Lunatic asylums Punjab 1868-1880 - 1868-1880
Year: 1868
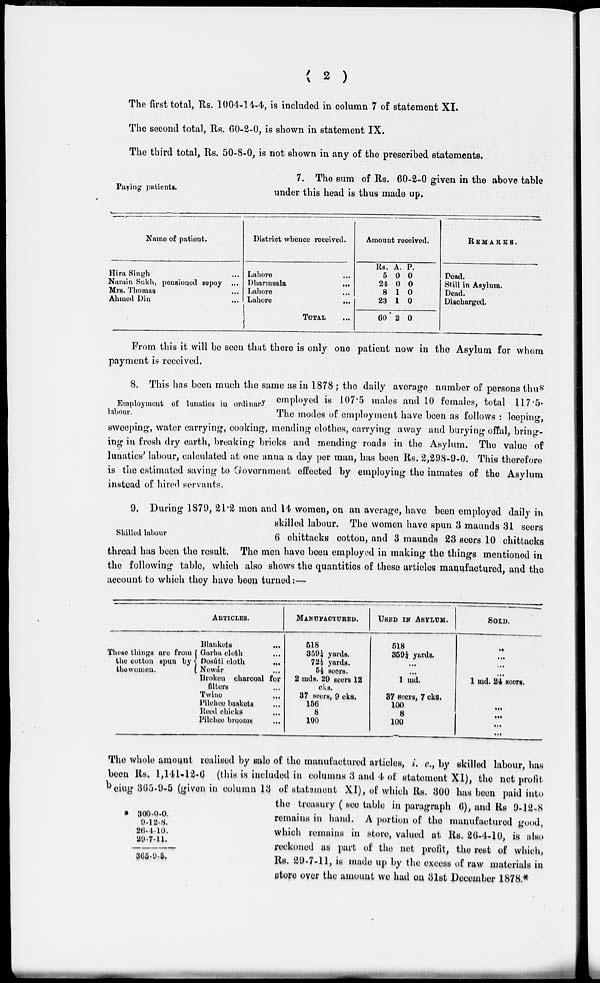
( 2 )
The first total, Rs. 1004-14-4, is included in column 7 of statement XI.
The second total, Rs. 60-2-0, is shown in statement IX.
The third total, Rs. 50-8-0, is not shown in any of the prescribed statements.
Paying patients.
7. The sum of Rs. 60-2-0 given in the above table
under this head is thus made up.
Name of patient.
Hira Singh ...
Narain Sukh, pensioned sepoy ...
Mrs. Thomas ...
Ahmed Din ...
District whence received.
Lahore ...
Dharmsala
...
Lahore
...
Lahore
...
TOTAL ...
Amount received.
Rs.
5
24
8
23
60
A.
0
0
1
1
2
P.
0
0
0
0
0
REMARKS.
Dead.
Still in Asylum.
Dead.
Discharged.
From this it will be seen that there is only one patient now in the Asylum for whom
payment is received.
Employment of lunatics in ordinary
labour.
8. This has been much the same as in 1878 ; the daily average number of persons thus
employed is 107.5 males and 10 females, total 117.5.
The modes of employment have been as follows : leeping,
sweeping, water carrying, cooking, mending clothes, carrying away and burying offal, bring-
ing in fresh dry earth, breaking bricks and mending roads in the Asylum. The value of
lunatics' labour, calculated at one anna a day per man, has been Rs. 2,298-9-0. This therefore
is the estimated saving to Government effected by employing the inmates of the Asylum
instead of hired servants.
Skilled labour
9. During 1879, 21.2 men and 14 women, on an average, have been employed daily in
skilled labour. The women have spun 3 maunds 31 seers
6 chittacks cotton, and 3 maunds 23 seers 10 chittacks
thread has been the result. The men have been employed in making the things mentioned in
the following table, which also shows the quantities of these articles manufactured, and the
account to which they have been turned:—
These things are from
the cotton spun by
thewomen.
ARTICLES.
Blankets
...
Garha cloth ...
Dosúti cloth
...
Nowár ...
Broken charcoal for
tuters ...
Twine
...
Pilchee baskets ...
Rood chicks
Pilchee breoms
...
MANUFACTURED.
518
859¼ yards.
72½ yards.
5½ seers.
2 mds. 29 seers 12
cks.
37 seers. 9 cks ,
156
8
100
USED IN ASYLUM .
518
359¼ yards.
...
...
1 md.
37 Seers, 7 cks.
100
8
100
SOLD .
...
...
...
...
1 md. 24 seers.
...
...
...
300.0.0.
9.12.8.
26.4.10.
29.7.11.
365. 9 . 5.
The whole amount realised by sale of the manufactured articles, i. e., by skilled labour, has
been Rs. l,141-12-6 (this is included in columns 3 and 4 of statement XI) , the net profit
being 365-9-5 (given in column 13 of statement XI), of which Rs. 300 has been paid into
the treasury ( see table in paragraph 6), and Rs 9-12-8
remains in hand. A portion of the manufactured good,
which remains in store, valued at Rs. 26-4-10, is also
reckoned as part of the net profit , the rest of which,
Rs. 29-7-11, is made up by the excess of raw materials in
store over the amount we had on 31st December 1878.*